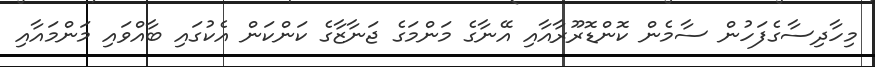
މިހާދިސާގެފަހުން ސާމެން ކޮންޑޮރޫރާއާއި އޭނާގެ މަންމަގެ ޖަނާޒާގެ ކަންކަން އެކުގައި ބާއްވައި މަންމައާއި